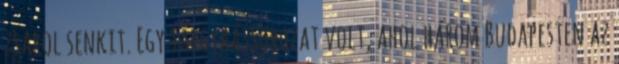
zsarol senkit. Egy tárgyaássorozat volt, ahol három Budapesten az